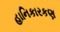
હાનિકારકણ